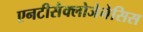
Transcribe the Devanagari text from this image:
एनटीसैक्लोजेनेसिस